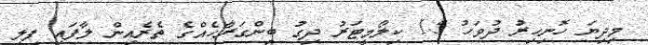
މިދިޔަ ހޮނިހިރު ދުވަހު 1.5 ކިލޯމީޓަރު ދިގު ބިންގަރާހެއްގެ ތެރެއިން ލާފައި ފިލި